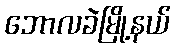
ဘောလခဲမြို့နယ်